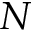
N